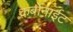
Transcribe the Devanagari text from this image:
कर्बोनाईट